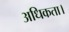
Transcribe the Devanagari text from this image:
अधिकता।